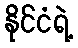
နိုင်ငံရဲ့